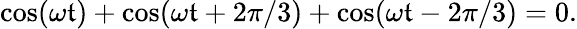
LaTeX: \cos(\omega\mathfrak{t})+\cos(\omega\mathfrak{t}+2\pi/3)+\cos(\omega\mathfrak{t}-2\pi/3)=0.